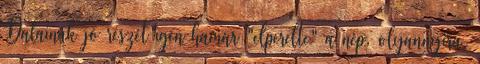
Dalainak jó részét igen hamar "elperelte" a nép, olyannyira,